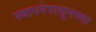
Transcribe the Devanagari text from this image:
स्थापनेपासूनच्या